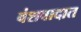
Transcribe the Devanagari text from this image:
वंशवादात